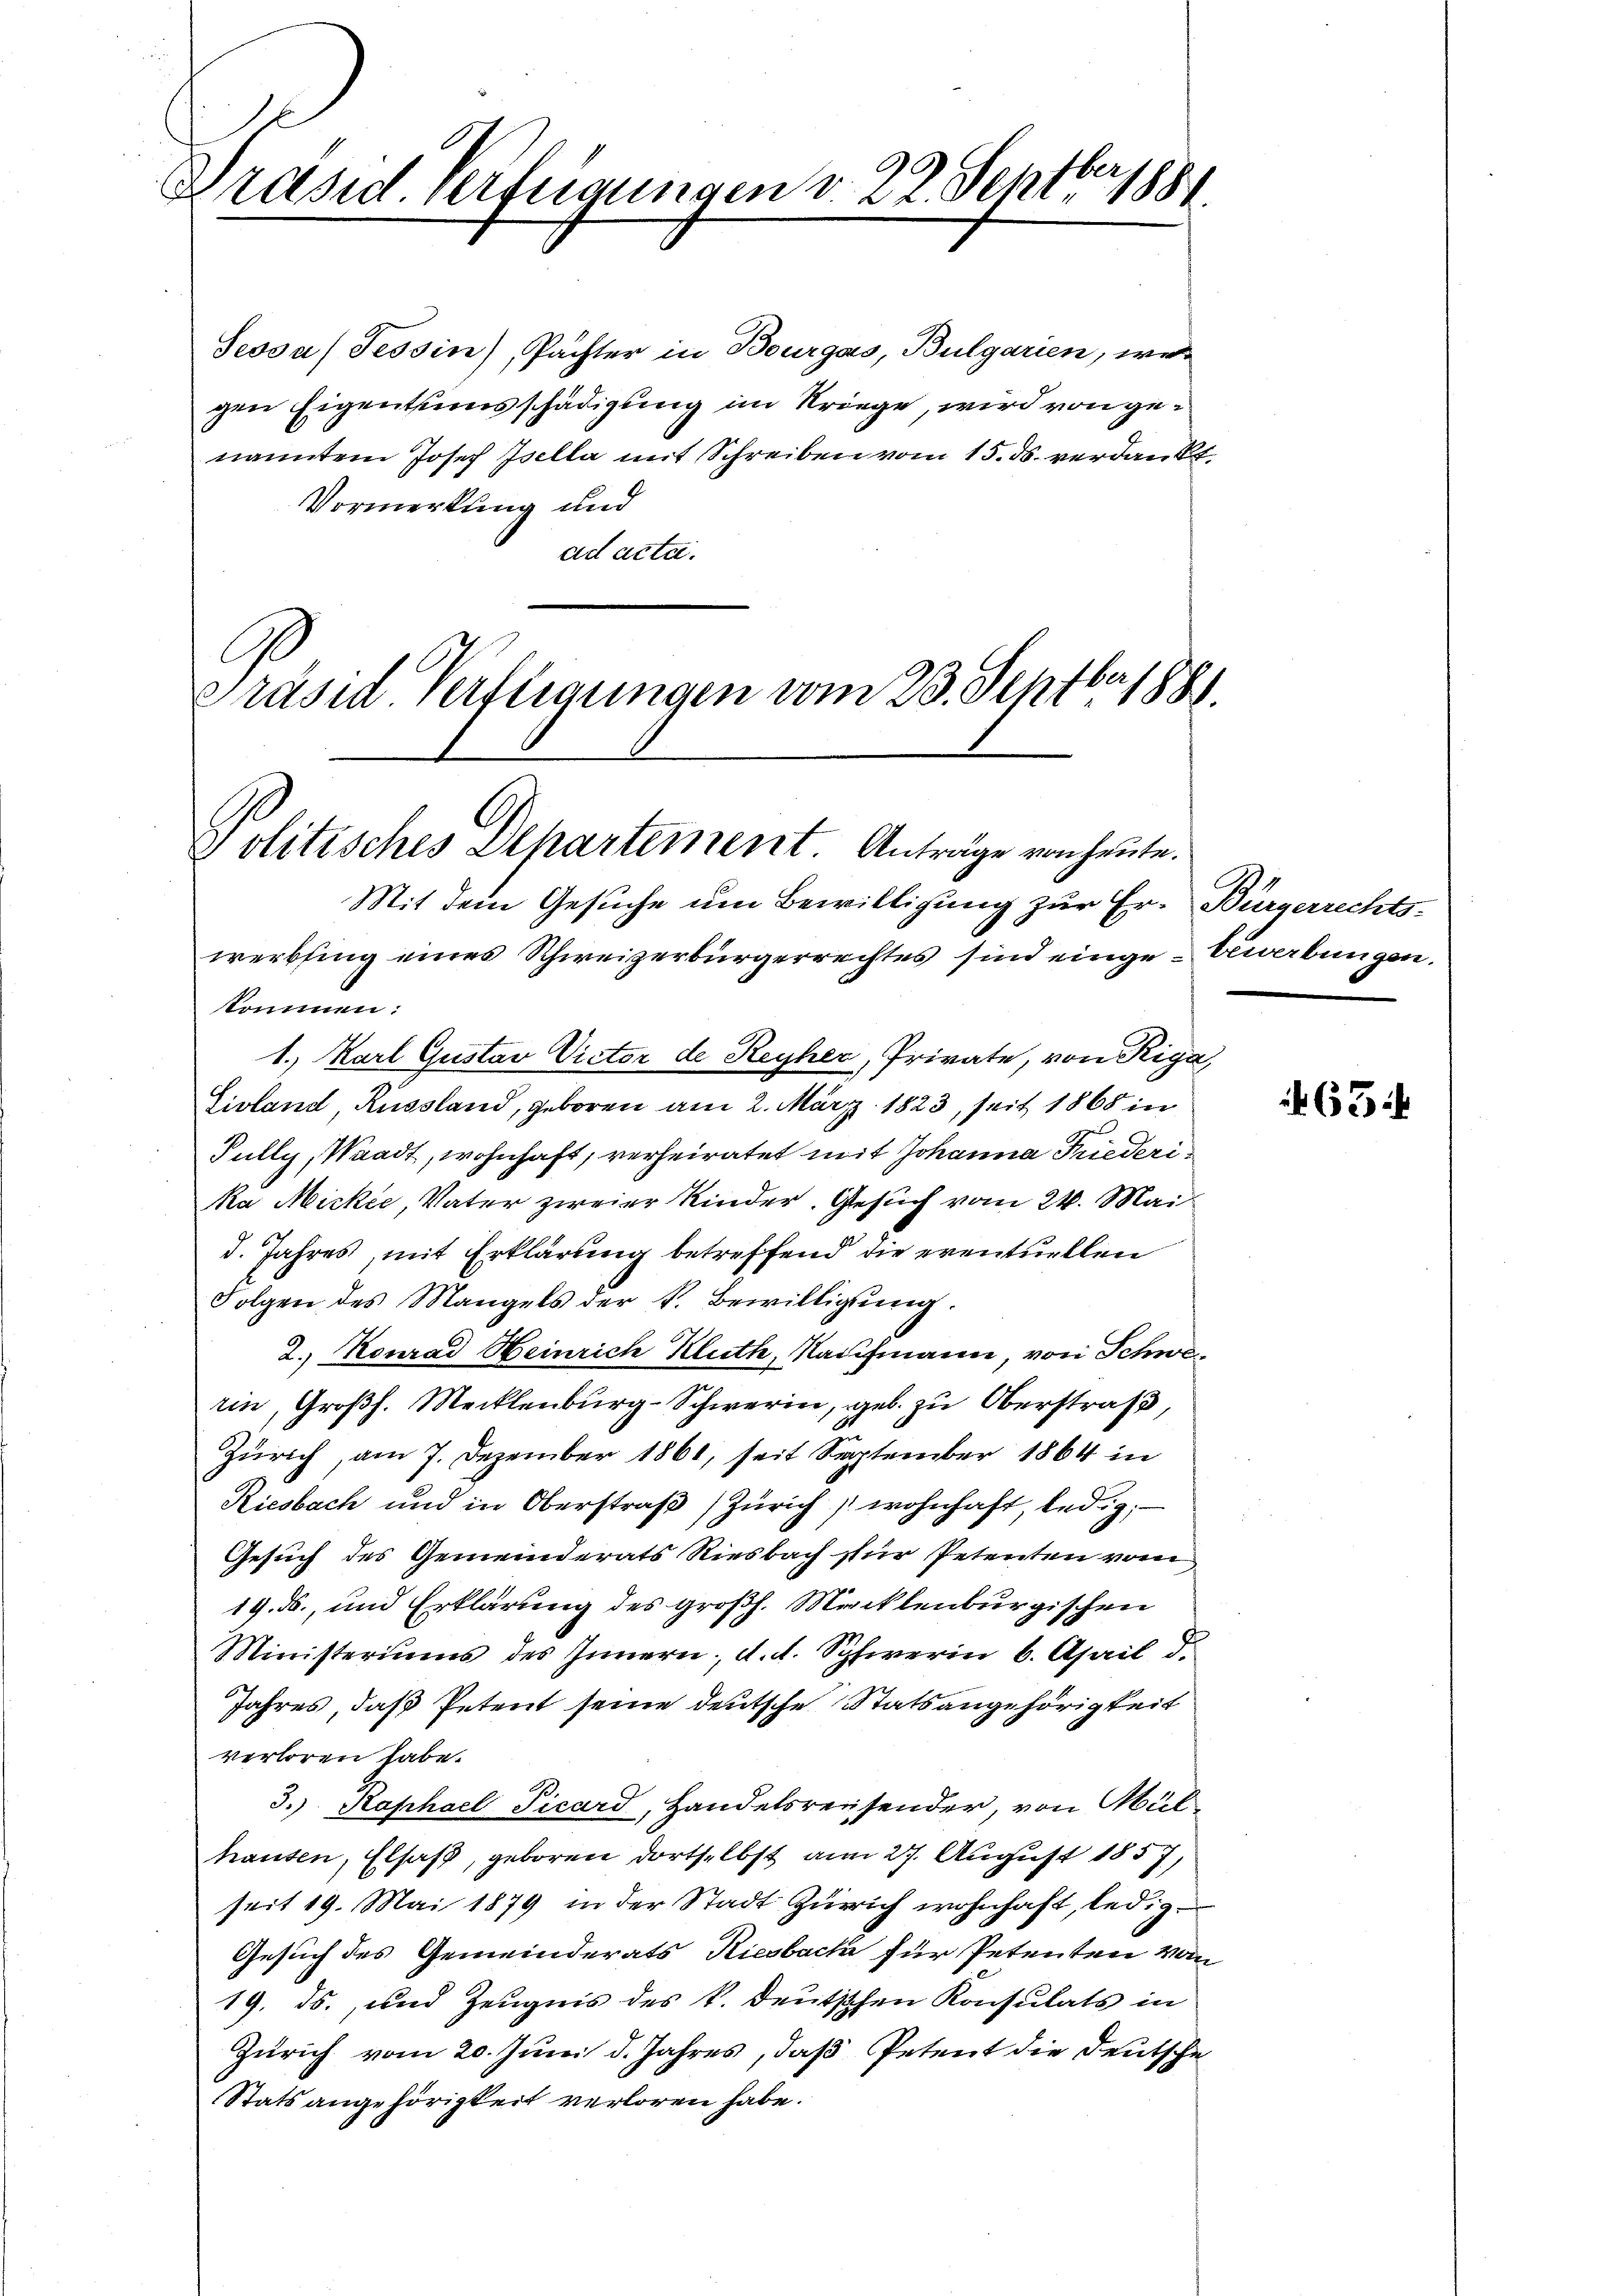
Präsid. verfügungen v. 22. Septbr

Jeosa/Tessin), Pächter in Bourgas, Bulgarien, we
gen Eigentumsschädigung im Kriege, wird von genannten Josef Isella mit Schreiben vom 15. ds. verdankt.
Vormerkung und
ad acta.
Präsid. Verfügungen vom 23. Septbr 188

Politisches Departement. Anträge von heute.
Mit dem Gesuche um Bewilligung zur Er- Bürgerrechts-

1. Karl Gustav Victor de Reyher, Private, von Riga

werbsing eines Schweizerbürgerrechtes sind einge-Gewerbungen.
kommen:
Livland, Russland, geboren am 2. März 1823, seit 1868 in
Pully, Waadt, wohnhaft, verheiratet mit Johanna Friederika Micker, Vater zweier Kinder. Gesuch vom 24. Mai
d. Jahres, mit Erklärung betreffend die eventuellen
Folgen des Mangels der k. Bewilligŭng.
2. Konrad Heinrich Kluth, Kaufmann, von Schwerin, Großh. Mecklenburg-Schwerin, geb. zu Oberstraß,
Zürich, am 7. Dezember 1861, seit September 1864 in
Riesbach und in Oberstraß Zürich wohnhaft, ledig,
Gesuch des Gemeinderats Riesbach für Petenten vom
19. ds., und Erklärung des großh. Mecklenburgischen
Ministeriums des Innern, d. d. Schwerin 6. April d.
Jahres, daß Petent seine deutsche Statsangehörigkeit
verloren habe.
3.) Raphael Picard, Handelsreisender, von Mülhausen, Elsaß, geboren dortselbst am 27. August 1857,
seit 19. Mai 1879 in der Stadt Zürich wohnhaft, ledig¬
Gesuch des Gemeinderats Riesbach für Petenten vom
19. ds., und Zeugnis des k. Deutschen Konsulats in
Zürich vom 20. Juni d. Jahres, daß Petent die Deutsche
Stats angehörigkeit verloren habe.

63: